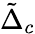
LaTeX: \tilde{\Delta}_{c}